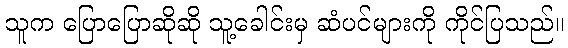
သူက ပြောပြောဆိုဆို သူ့ခေါင်းမှ ဆံပင်များကို ကိုင်ပြသည်။